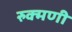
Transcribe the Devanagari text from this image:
रुक्‍मणी